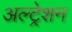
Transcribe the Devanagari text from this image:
अल्ट्रेशन